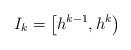
LaTeX: \begin{align*}I_k = \left[ h^{k-1}, h^k \right)\end{align*}